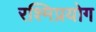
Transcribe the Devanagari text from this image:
रश्मिप्रयोग